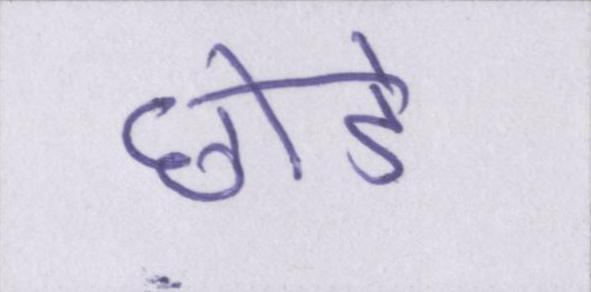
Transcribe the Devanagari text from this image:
छोडें